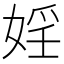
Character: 婬